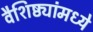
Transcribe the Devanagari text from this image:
वैशिष्ठ्यांमध्ये